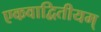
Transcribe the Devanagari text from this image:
एकवाद्वितीयम्